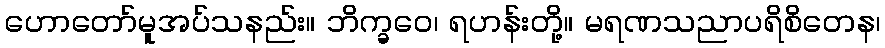
ဟောတော်မူအပ်သနည်း။ ဘိက္ခဝေ၊ ရဟန်းတို့။ မရဏသညာပရိစိတေန၊